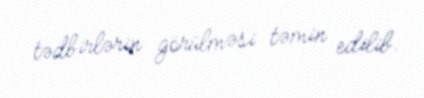
tədbirlərin görülməsi təmin edilib.